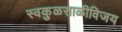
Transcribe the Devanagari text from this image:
स्वकुळसाळीविजय